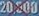
20.000